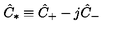
\hat { C } _ { \ast } \equiv \hat { C } _ { + } - j \hat { C } _ { - }